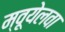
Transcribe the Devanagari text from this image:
म्वूयेलवा